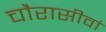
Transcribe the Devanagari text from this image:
चौरासीवां